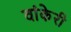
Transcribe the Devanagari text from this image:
वांकेरी